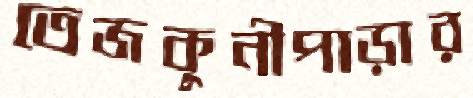
তেজকুনীপাড়ার